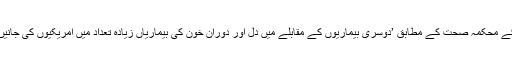
نیویارک کے محکمہ صحت کے مطابق ’دوسری بیماریوں کے مقابلے میں دل اور دورانِ خون کی بیماریاں زیادہ تعداد میں امریکیوں کی جانیں لیتی ہیں‘۔